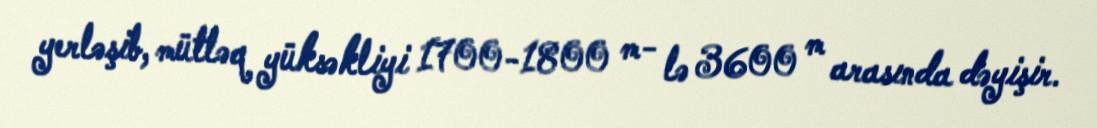
yerləşib, mütləq yüksəkliyi 1700-1800 m- lə 3600 m arasında dəyişir.